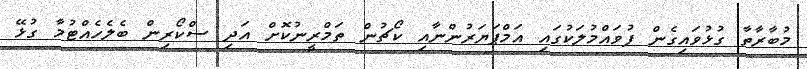
މުބާރާތާ ގުޅުވައިގެން ފުވައްމުލަކުގައި އަމްޕަޔަރުންނާއި ކޯޗުން ތަމްރީނުކޮށް އަދި ސްކޯރިން ބެލެހެއްޓުމާ ގުޅޭ